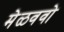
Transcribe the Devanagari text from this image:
मेळववो